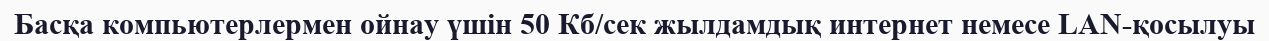
Басқа компьютерлермен ойнау үшін 50 Кб/сек жылдамдық интернет немесе LAN-қосылуы